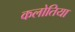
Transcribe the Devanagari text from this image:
कलोतिया